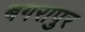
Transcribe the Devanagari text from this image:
बगरापुर